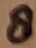
Text: 8